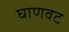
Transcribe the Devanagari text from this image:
घाणवट